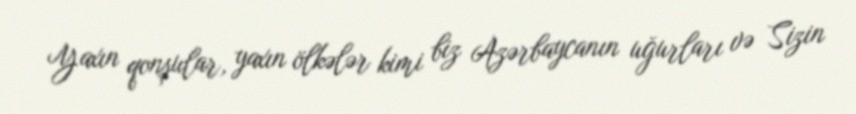
Yaxın qonşular, yaxın ölkələr kimi biz Azərbaycanın uğurları və Sizin